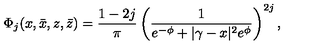
\Phi _ { j } ( x , \bar { x } , z , \bar { z } ) = \frac { 1 - 2 j } { \pi } \left( \frac { 1 } { e ^ { - \phi } + | \gamma - x | ^ { 2 } e ^ { \phi } } \right) ^ { 2 j } ,